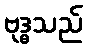
ဗုဒ္ဓသည်